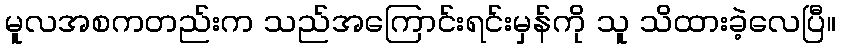
မူလအစကတည်းက သည်အကြောင်းရင်းမှန်ကို သူ သိထားခဲ့လေပြီ။